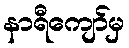
နာရီကျော်မှ